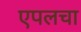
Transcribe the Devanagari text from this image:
एपलचा